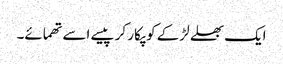
ایک بھلے لڑکے کو پکار کر پیسے اسے تھمائے۔